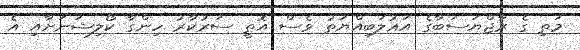
މަތި ގެ ރާޖްޔަސަބާގެ އަޣުލަބިއްޔަތު ވެސް އޮތީ ސަރުކާރު ހިންގާ ކޯލިޝަނަށާއި އެ